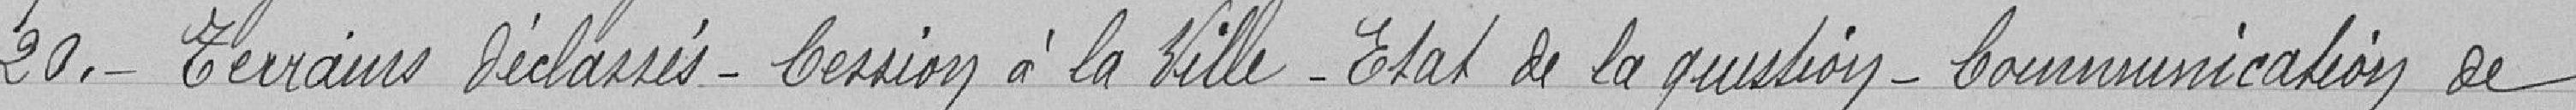
20. Terrains déclassés - Cession à la ville - Etat de la question - Communication de